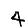
Digit: 4